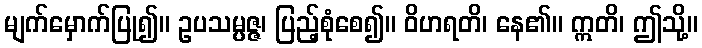
မျက်မှောက်ပြု၍။ ဥပသမ္ပဇ္ဇ၊ ပြည့်စုံစေ၍။ ဝိဟရတိ၊ နေ၏။ ဣတိ၊ ဤသို့။